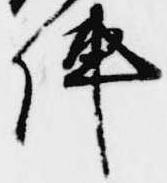
陣